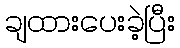
ချထားပေးခဲ့ပြီး